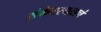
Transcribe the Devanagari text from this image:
संकेतस्थळाचं